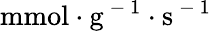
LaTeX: \mathrm{mmol\cdot g^{\mathrm{~-~}1}\cdot s^{\mathrm{~-~}1}}